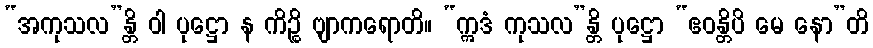
“အကုသလ”န္တိ ဝါ ပုဋ္ဌော န ကိဉ္စိ ဗျာကရောတိ။ “ဣဒံ ကုသလ”န္တိ ပုဋ္ဌော “ဧဝန္တိပိ မေ နော”တိ